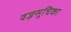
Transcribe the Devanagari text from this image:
वज्रसूचिका